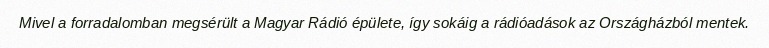
Mivel a forradalomban megsérült a Magyar Rádió épülete, így sokáig a rádióadások az Országházból mentek.